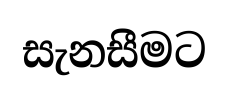
සැනසීමට